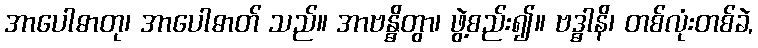
အာပေါဓာတု၊ အာပေါဓာတ် သည်။ အာဗန္ဓိတွာ၊ ဖွဲ့စည်း၍။ ဗဒ္ဓါနိ၊ တစ်လုံးတစ်ခဲ,